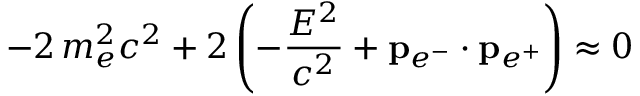
- 2 \, m _ { e } ^ { 2 } c ^ { 2 } + 2 \left( - { \frac { E ^ { 2 } } { c ^ { 2 } } } + \mathbf { p } _ { e ^ { - } } \cdot \mathbf { p } _ { e ^ { + } } \right) \approx 0